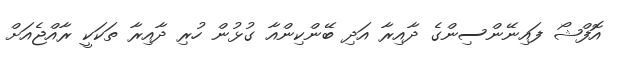
އޮފްޝޯ ފައިނޭންސިންގެ ދާއިރާ އަދި ބޭންކިންއާ ގުޅުން ހުރި ދާއިރާ ތަކަކީ ރާއްޖެއަށް